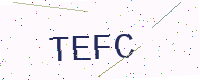
Text: TEFC